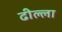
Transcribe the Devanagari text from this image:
ढील्ला